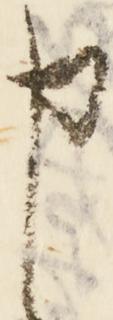
申